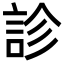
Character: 診